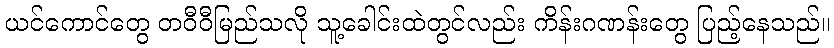
ယင်ကောင်တွေ တဝီဝီမြည်သလို သူ့ခေါင်းထဲတွင်လည်း ကိန်းဂဏန်းတွေ ပြည့်နေသည်။